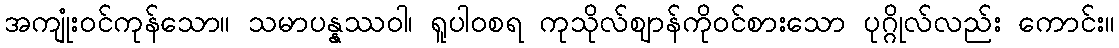
အကျုံးဝင်ကုန်သော။ သမာပန္နဿဝါ၊ ရူပါဝစရ ကုသိုလ်ဈာန်ကိုဝင်စားသော ပုဂ္ဂိုလ်လည်း ကောင်း။